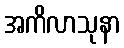
အကိလာသုနာ